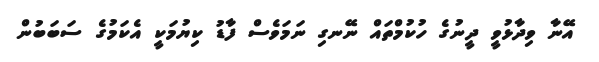
އޭނާ ވިދާޅުވީ ދީނުގެ ހުކުމްތައް ނޭނގި ނަމަވެސް ފާޑު ކިޔުމަކީ އެކަމުގެ ސަބަބުން